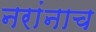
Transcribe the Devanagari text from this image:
नरांनाच